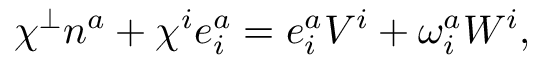
\chi ^ { \perp } n ^ { a } + \chi ^ { i } e _ { i } ^ { a } = e _ { i } ^ { a } V ^ { i } + \omega _ { i } ^ { a } W ^ { i } ,